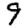
Digit: 9